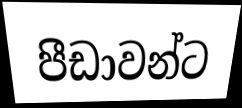
පීඩාවන්ට